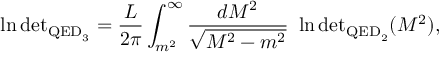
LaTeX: \ln \mathrm { d e t } _ { { \mathrm { \scriptsize { Q E D } } _ { 3 } } } = \frac { L } { 2 \pi } \int _ { m ^ { 2 } } ^ { \infty } \frac { d M ^ { 2 } } { \sqrt { M ^ { 2 } - m ^ { 2 } } } \ \ln \mathrm { d e t } _ { { \mathrm { \scriptsize { Q E D } } _ { 2 } } } ( M ^ { 2 } ) ,